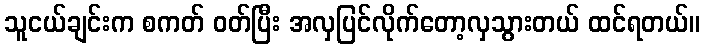
သူငယ်ချင်းက စကတ် ဝတ်ပြီး အလှပြင်လိုက်တော့လှသွားတယ် ထင်ရတယ်။